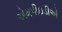
એમપીઇડીએ